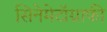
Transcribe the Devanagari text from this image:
सिनेमेटॉग्राफी